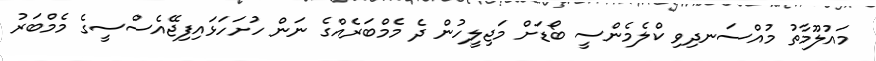
މައުލޫމާތު މުއްސަނދިވި ކްލެމެންސީ ބޯޑަށް މަޖިލީހުން ދެ މެމްބަރެއްގެ ނަން ހުށަހަޅައިފިޖޭއެސްސީގެ މެމްބަރު